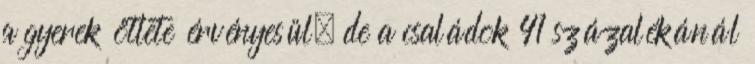
a gyerek ötlete érvényesül, de a családok 41 százalékánál